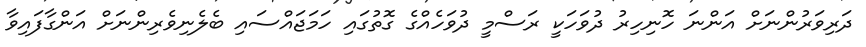
ދަރިވަރުންނަށް އަންނަ ހޮނިހިރު ދުވަހަކީ ރަސްމީ ދުވަހެއްގެ ގޮތުގައި ހަމަޖައްސައި ބެލެނިވެރިންނަށް އަންގާފައިވާ